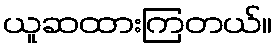
ယူဆထားကြတယ်။